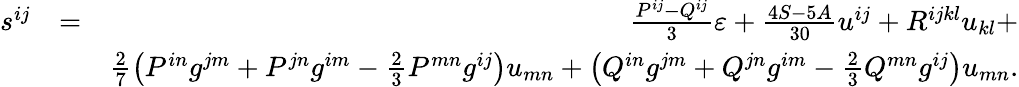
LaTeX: \begin{array}{rlr}{s^{ij}}&{=}&{\frac{P^{ij}-Q^{ij}}3\varepsilon+\frac{4S-5A}{30}u^{ij}+R^{ijkl}u_{kl}+}\\ &{}&{\frac 27\left(P^{in}g^{jm}+P^{jn}g^{im}-\frac 23P^{mn}g^{ij}\right)u_{mn}+\left(Q^{in}g^{jm}+Q^{jn}g^{im}-\frac 23Q^{mn}g^{ij}\right)u_{mn}.}\end{array}